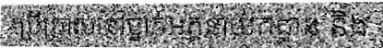
ប្រើប្រាស់នៅថ្នាក់អគ្គនាយកដ្ឋាន និង